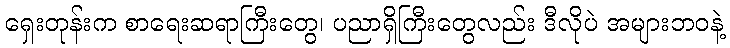
ရှေးတုန်းက စာရေးဆရာကြီးတွေ၊ ပညာရှိကြီးတွေလည်း ဒီလိုပဲ အများဘဝနဲ့